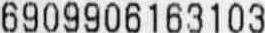
6909906163103